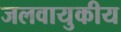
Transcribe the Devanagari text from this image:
जलवायुकीय